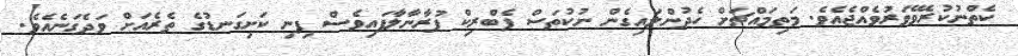
ކެތްނުކުރެވޭވަރުވެއްޖެއެވެ. މަތިމައްޗަށް ހެދުންލައިގެން ނުކުތަސް ފެބްރިކް ފުރާނާލާފައިވެސް ފިނި ކަށިގަނޑުގެ ތެރެއަށް ވަދެގަނެއެވެ.